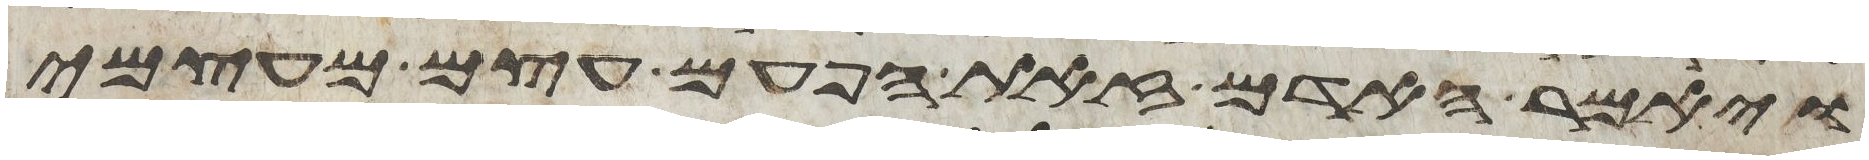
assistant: ויאמר האדם זאת הפעם עצם מעצמי